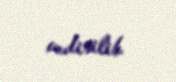
endirilib.